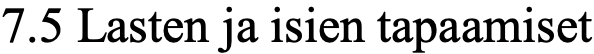
7.5 Lasten ja isien tapaamiset